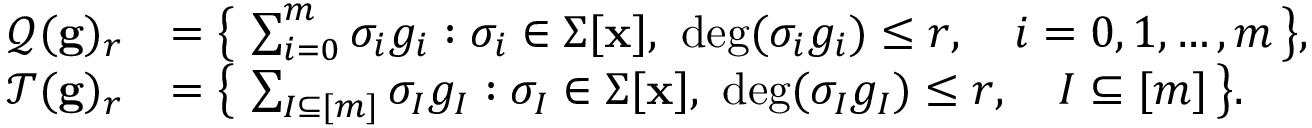
\begin{array} { r l } { \mathcal { Q } ( \mathbf { g } ) _ { r } } & { = \big \{ \, \sum _ { i = 0 } ^ { m } \sigma _ { i } g _ { i } : \sigma _ { i } \in \Sigma [ \mathbf { x } ] , ~ \mathrm { d e g } ( \sigma _ { i } g _ { i } ) \leq r , \quad i = 0 , 1 , \dots , m \, \big \} , } \\ { \mathcal { T } ( \mathbf { g } ) _ { r } } & { = \big \{ \, \sum _ { I \subseteq [ m ] } \sigma _ { I } g _ { I } : \sigma _ { I } \in \Sigma [ \mathbf { x } ] , ~ \mathrm { d e g } ( \sigma _ { I } g _ { I } ) \leq r , \quad I \subseteq [ m ] \, \big \} . } \end{array}